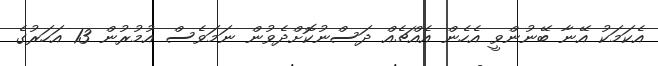
އެކަމަކު އޭނާ ބޭނުންވީ އެހެން އެއްޗެއް ދަސްނުކޮށްދެވުން ނަމަވެސް އުމުރުން 13 އަހަރުގެ